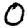
Digit: 0